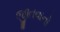
જીતવાનો